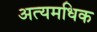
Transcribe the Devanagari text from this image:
अत्यमधिक